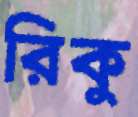
রিকু